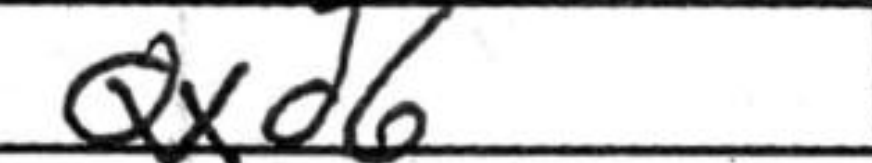
Transcription: Qxd6